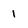
Character: 1